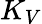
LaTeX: K_{V}